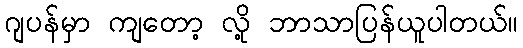
ဂျပန်မှာ ကျတော့ လို့ ဘာသာပြန်ယူပါတယ်။